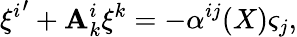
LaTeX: {\xi^{i}}^{\prime}+\mathbf{A}_{k}^{i}\xi^{k}=-\alpha^{ij}(X)\varsigma_{j},